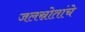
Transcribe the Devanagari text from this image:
जलस्रोतांचे